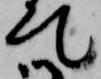
て